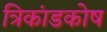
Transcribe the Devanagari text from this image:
त्रिकांडकोष